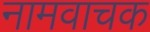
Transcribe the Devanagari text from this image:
नामवाचक